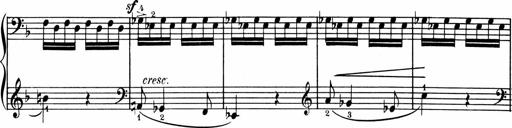
Title: 1Ã¨re Sonatine
Composer: FrÃ©dÃ©ric Binet